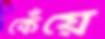
কেঁয়ে